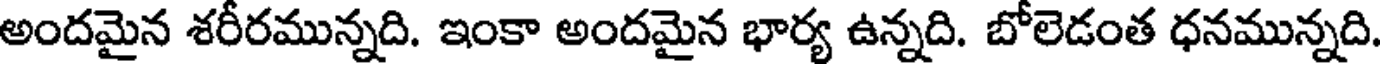
అందమైన శరీరమున్నది. ఇంకా అందమైన భార్య ఉన్నది. బోలెడంత ధనమున్నది